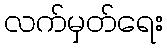
လက်မှတ်ရေး